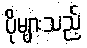
ပိုများသည့်